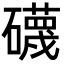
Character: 礣